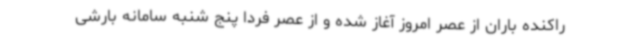
راکنده باران از عصر امروز آغاز شده و از عصر فردا پنج شنبه سامانه بارشی